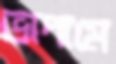
ভাদামে